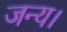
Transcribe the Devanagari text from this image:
जन्य।